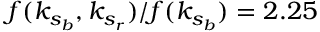
f ( k _ { s _ { b } } , k _ { s _ { r } } ) / f ( k _ { s _ { b } } ) = 2 . 2 5